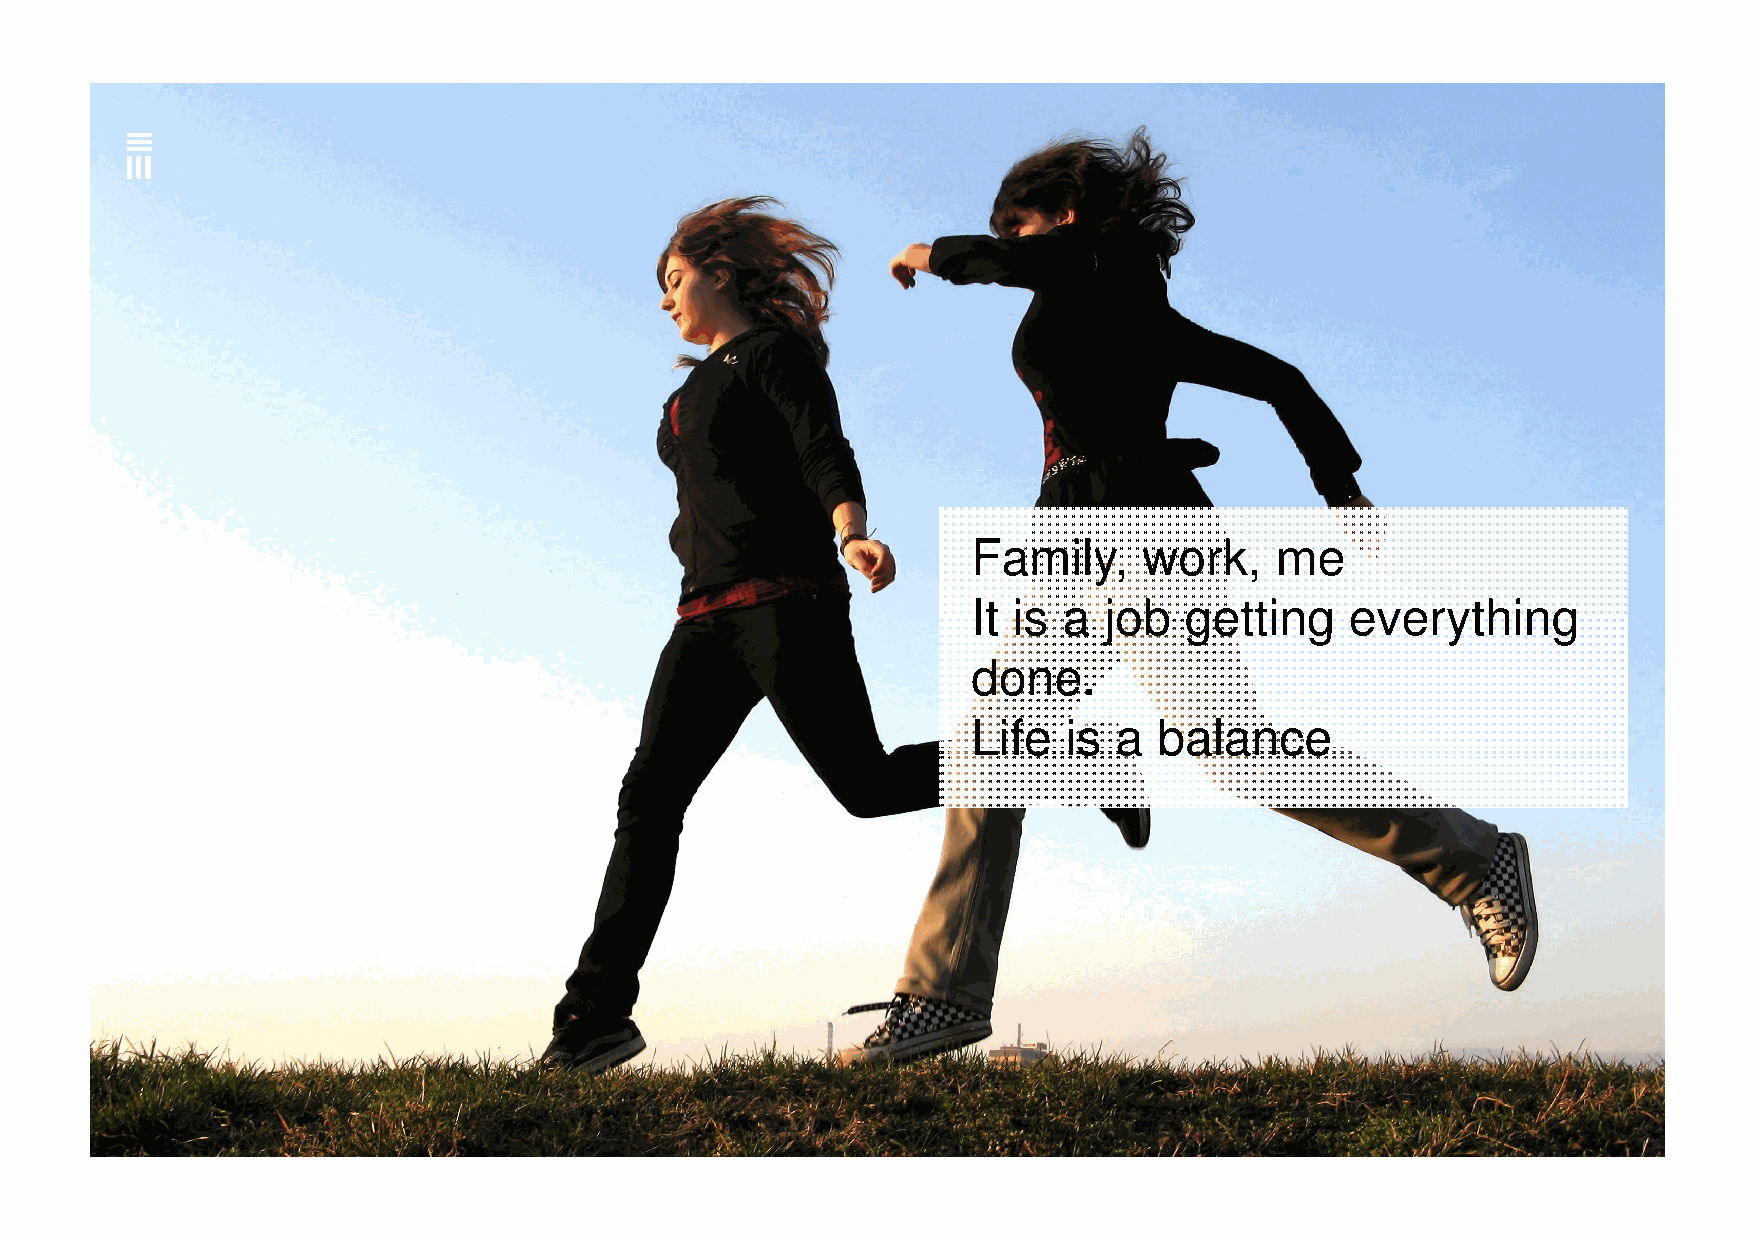
Family,     work,   me
 IItt iiss aa jjoobb ggeettttiinngg eevveerryytthhiinngg
 done.
 Life   is a  balance